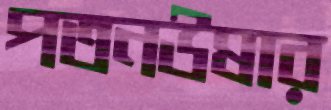
পতনউষার